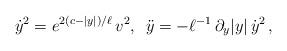
LaTeX: \begin{align*}\dot{y}^2=e^{2(c-|y|)/\ell}\,v^2,\,\,\,\ddot{y}=-\ell^{-1}\,\partial_y|y|\,\dot{y}^2\,,\end{align*}